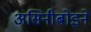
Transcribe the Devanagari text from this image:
असिनीबोइने